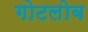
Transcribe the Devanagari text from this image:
गोटलोब